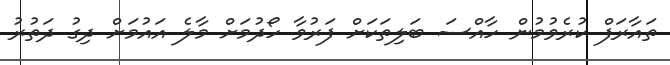
ތައާރަފް ކުރެވުމުން ހާއްސަ ބަލިތަކަށް ފަރުވާ ހޯދުމަށް މާލެ އައުމަށް ދިގު ދަތުރު